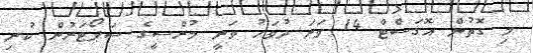
މި ގޮތުން އޮގަސްޓް 14 ވަނަ ދުވަހު ވަނީ މުރްސީގެ ސަޕޯޓަރުން ކުރި